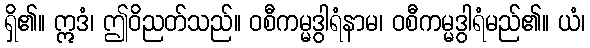
ရှိ၏။ ဣဒံ၊ ဤဝိညတ်သည်။ ဝစီကမ္မဒွါရံနာမ၊ ဝစီကမ္မဒွါရံမည်၏။ ယံ၊